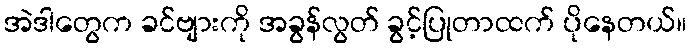
အဲဒါတွေက ခင်ဗျားကို အခွန်လွတ် ခွင့်ပြုတာထက် ပိုနေတယ်။